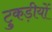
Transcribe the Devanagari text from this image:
टुकड़ीयों